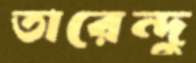
তারেন্দু